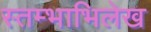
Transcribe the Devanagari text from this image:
स्तम्भाभिलेख